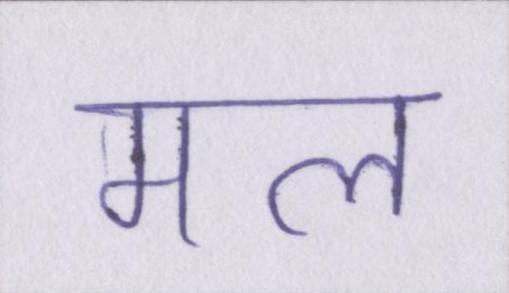
मल